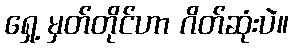
ရှေ့ မှတ်တိုင်ဟာ ဂိတ်ဆုံးပဲ။